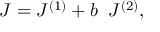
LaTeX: { J } = { J } ^ { ( 1 ) } + b \; \; { J } ^ { ( 2 ) } ,